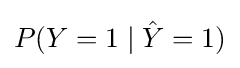
P(Y=1\mid {\hat {Y}}=1)